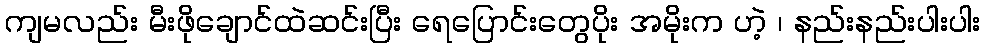
ကျမလည်း မီးဖိုချောင်ထဲဆင်းပြီး ရေပြောင်းတွေပိုး အမိုးက ဟဲ့ ၊ နည်းနည်းပါးပါး